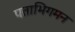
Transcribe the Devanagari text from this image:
पताभिगमन